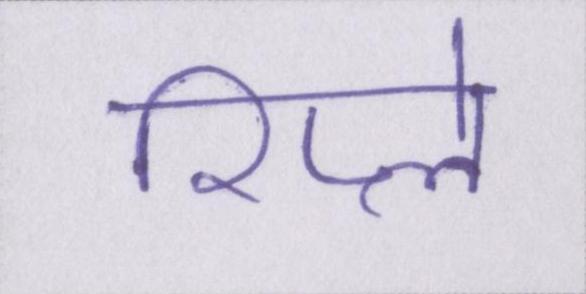
रिप्ले